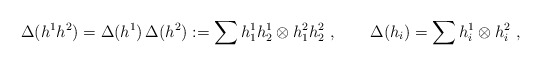
\begin{align*}\Delta (h^1 h^2) = \Delta (h^1) \, \Delta(h^2) := \sum h_1^1 h^1_2\otimes h_1^2 h^2_2 ~,\qquad \Delta(h_i) = \sum h^1_i \otimes h^2_i~,\end{align*}